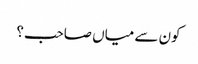
کون سے میاں صاحب؟